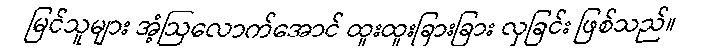
မြင်သူများ အံ့ဩလောက်အောင် ထူးထူးခြားခြား လှခြင်း ဖြစ်သည်။